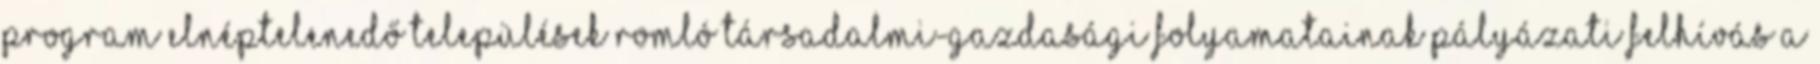
Program Elnéptelenedő települések romló társadalmi-gazdasági folyamatainak PÁLYÁZATI FELHÍVÁS a